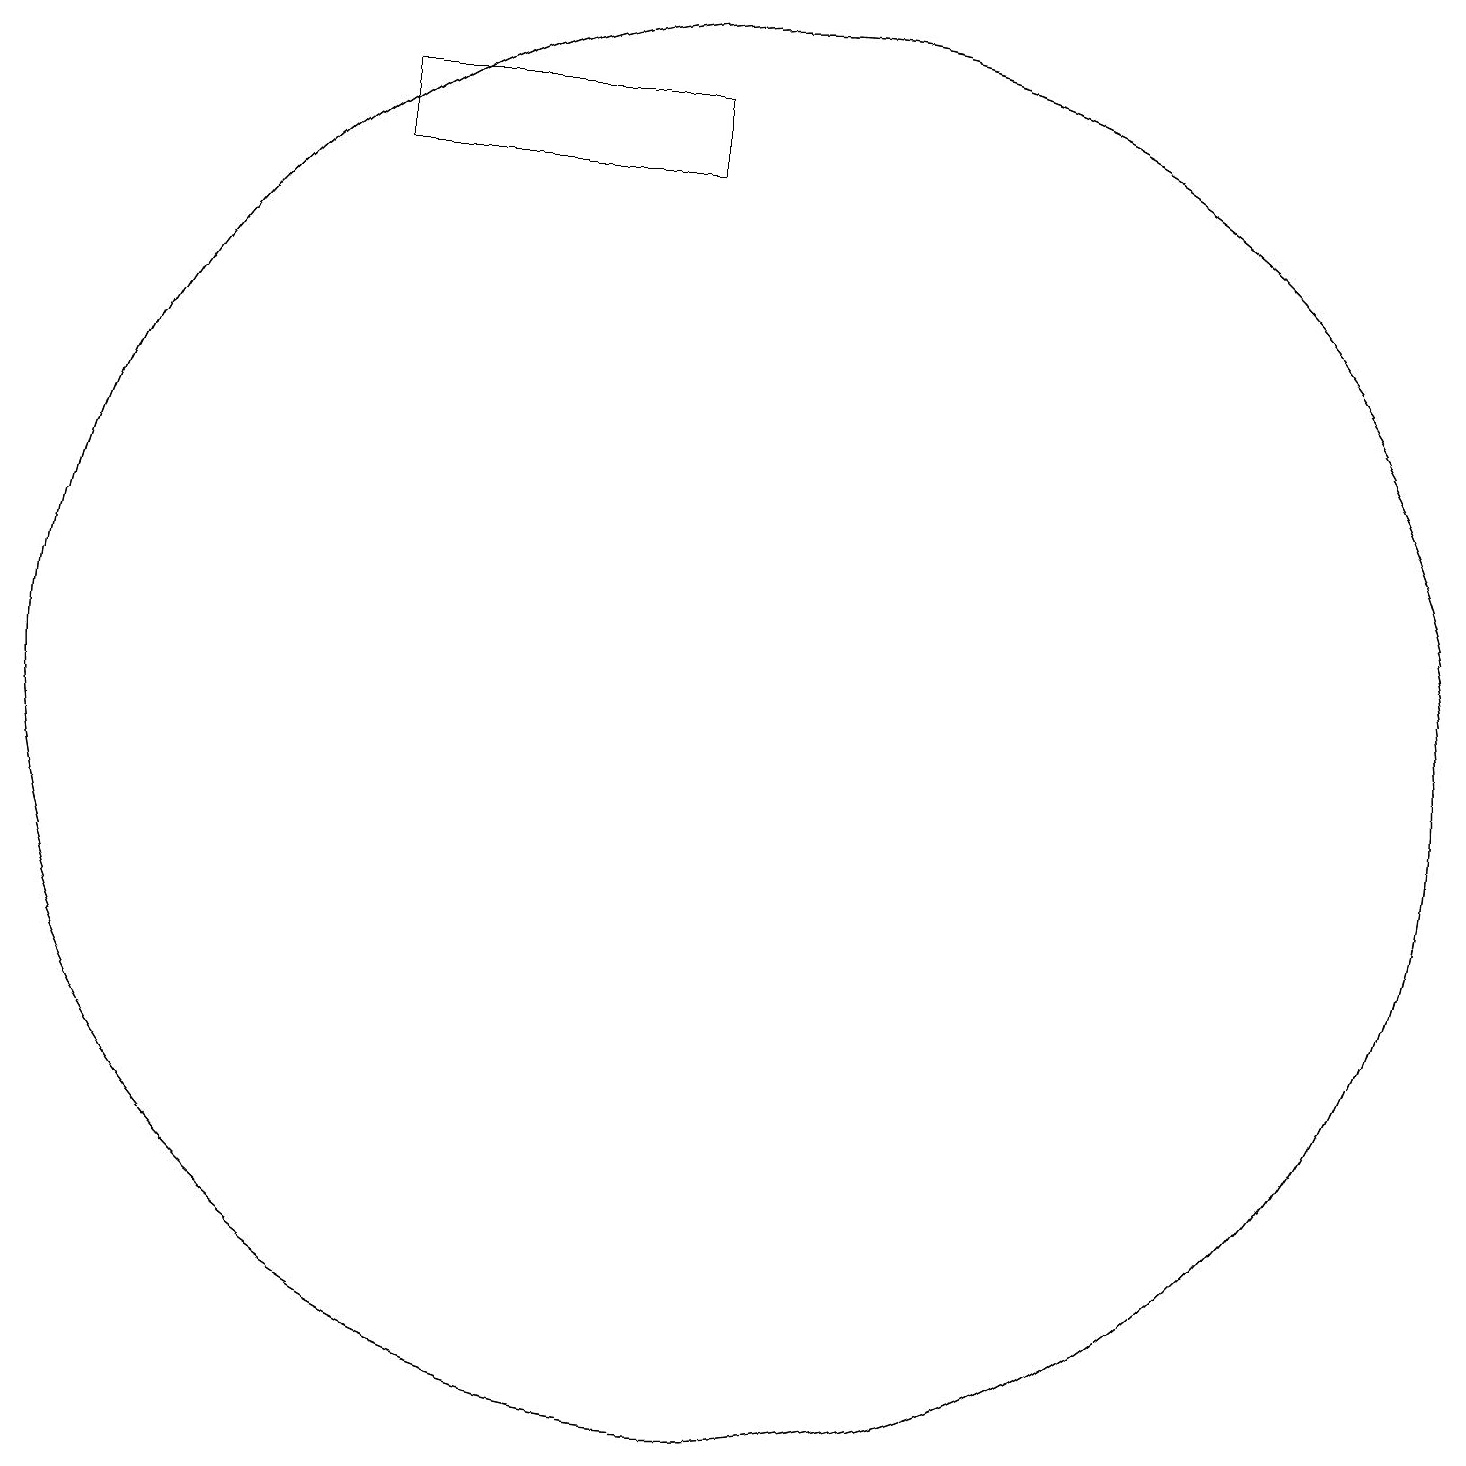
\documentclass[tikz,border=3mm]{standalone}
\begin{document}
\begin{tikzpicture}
\draw (10,10) circle (9);
\draw (5,18) rectangle (9,17);
\draw (10,10) circle (9);
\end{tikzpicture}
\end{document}